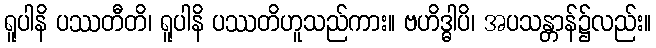
ရူပါနိ ပဿတီတိ၊ ရူပါနိ ပဿတိဟူသည်ကား။ ဗဟိဒ္ဓါပိ၊ အပသန္တာန်၌လည်း။